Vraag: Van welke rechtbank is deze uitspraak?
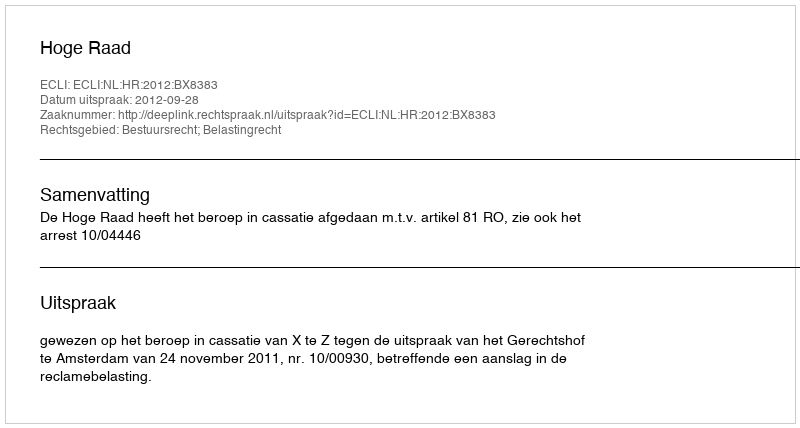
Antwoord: Hoge Raad